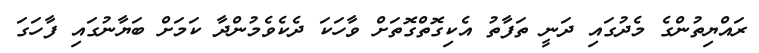
ރައްޔިތުންގެ މެދުގައި ދަނީ ތަފާތު އެކިގޮތްގޮތަށް ވާހަކަ ދެކެވެމުންދާ ކަމަށް ބަޔާނުގައި ފާހަގަ